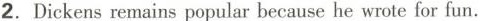
2.Dickens remains popular because he wrote for fun.